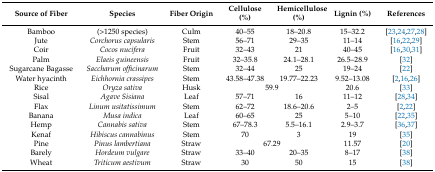
<table><thead><tr><td><b>Source of Fiber</b></td><td><b>Species</b></td><td><b>Fiber Origin</b></td><td><b>Cellulose (%)</b></td><td><b>Hemicellulose (%)</b></td><td><b>Lignin (%)</b></td><td><b>References</b></td></tr></thead><tbody><tr><td>Bamboo</td><td>(&gt;1250 species)</td><td>Culm</td><td>40–55</td><td>18–20.8</td><td>15–32.2</td><td>[23,24,27,28]</td></tr><tr><td>Jute</td><td><i>Corchorus capsularis</i></td><td>Stem</td><td>56–71</td><td>29–35</td><td>11–14</td><td>[16,22,29]</td></tr><tr><td>Coir</td><td><i>Cocos nucifera</i></td><td>Fruit</td><td>32–43</td><td>21</td><td>40–45</td><td>[16,30,31]</td></tr><tr><td>Palm</td><td><i>Elaeis guineensis</i></td><td>Fruit</td><td>32–35.8</td><td>24.1–28.1</td><td>26.5–28.9</td><td>[32]</td></tr><tr><td>Sugarcane Bagasse</td><td><i>Saccharum officinarum</i></td><td>Stem</td><td>32–44</td><td>25</td><td>19–24</td><td>[22]</td></tr><tr><td>Water hyacinth</td><td><i>Eichhornia crassipes</i></td><td>Stem</td><td>43.58–47.38</td><td>19.77–22.23</td><td>9.52–13.08</td><td>[2,16,26]</td></tr><tr><td>Rice</td><td><i>Oryza sativa</i></td><td>Husk</td><td colspan="2">59.9</td><td>20.6</td><td>[33]</td></tr><tr><td>Sisal</td><td><i>Agave Sisiana</i></td><td>Leaf</td><td>57–71</td><td>16</td><td>11–12</td><td>[28,34]</td></tr><tr><td>Flax</td><td><i>Linum usitatissimum</i></td><td>Stem</td><td>62–72</td><td>18.6–20.6</td><td>2–5</td><td>[2,22]</td></tr><tr><td>Banana</td><td><i>Musa indica</i></td><td>Leaf</td><td>60–65</td><td>25</td><td>5–10</td><td>[22,35]</td></tr><tr><td>Hemp</td><td><i>Cannabis sativa</i></td><td>Stem</td><td>67–78.3</td><td>5.5–16.1</td><td>2.9–3.7</td><td>[36,37]</td></tr><tr><td>Kenaf</td><td><i>Hibiscus cannabinus</i></td><td>Stem</td><td>70</td><td>3</td><td>19</td><td>[35]</td></tr><tr><td>Pine</td><td><i>Pinus lambertiana</i></td><td>Straw</td><td colspan="2">67.29</td><td>11.57</td><td>[20]</td></tr><tr><td>Barely</td><td><i>Hordeum vulgare</i></td><td>Straw</td><td>33–40</td><td>20–35</td><td>8–17</td><td>[38]</td></tr><tr><td>Wheat</td><td><i>Triticum aestivum</i></td><td>Straw</td><td>30</td><td>50</td><td>15</td><td>[38]</td></tr></tbody></table>